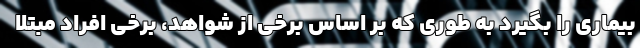
بیماری را بگیرد به طوری که بر اساس برخی از شواهد، برخی افراد مبتلا